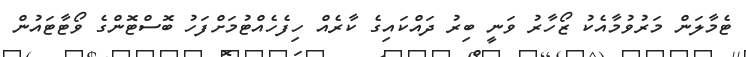
ޓެމާލަން މަރުވުމާއެކު ޒޯހާރު ވަނީ ބިރު ދައްކައިގެ ކާރެއް ހިފެހެއްޓުމަށްފަހު ބޮސްޓޮންގެ ވޯޓާޓައުން